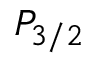
P _ { 3 / 2 }